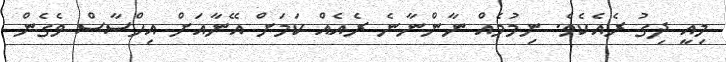
މިއީ ދިގު ރެއެކެވެ. ނިމުމެއް ނާންނާނެ ރެއެއް ކަމަށް އޭނާއަށް އިހްސާސް ވެގެން